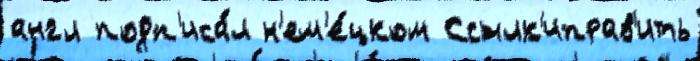
англ подп'иса́л н'ем'е́цком Ссылк'иправ'ить